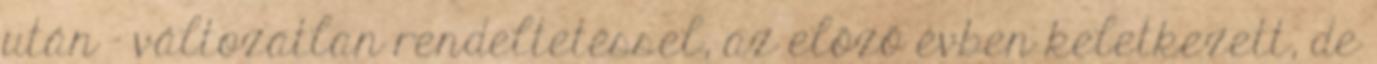
után – változatlan rendeltetéssel, az előző évben keletkezett, de